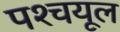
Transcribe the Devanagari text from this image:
पश्‍चयूल